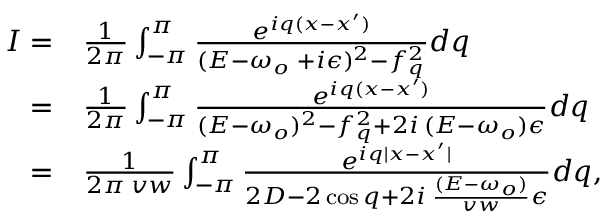
\begin{array} { r l } { I = } & { { } \frac { 1 } { 2 \pi } \int _ { - \pi } ^ { \pi } \frac { e ^ { i q ( x - x ^ { \prime } ) } } { ( E - \omega _ { o } \; + i \epsilon ) ^ { 2 } - f _ { q } ^ { 2 } } d q } \\ { = } & { { } \frac { 1 } { 2 \pi } \int _ { - \pi } ^ { \pi } \frac { e ^ { i q ( x - x ^ { \prime } ) } } { ( E - \omega _ { o } ) ^ { 2 } - f _ { q } ^ { 2 } + 2 i \: ( E - \omega _ { o } ) \epsilon } d q } \\ { = } & { { } \frac { 1 } { 2 \pi \: v w } \int _ { - \pi } ^ { \pi } \frac { e ^ { i q | x - x ^ { \prime } | } } { 2 D - 2 \cos q + 2 i \: \frac { ( E - \omega _ { o } ) } { v w } \epsilon } d q , } \end{array}